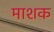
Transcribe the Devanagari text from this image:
माशक